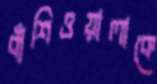
বাঁশিওয়ালাকে